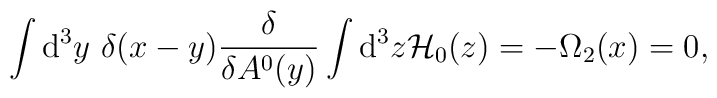
\int {\rm d}^3y~\delta (x-y)\frac{\delta}{\delta A^0(y)}               \int {\rm d}^3 z {\cal H}_{0}(z) =-\Omega_{2}(x)=0,